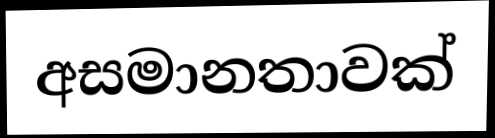
අසමානතාවක්